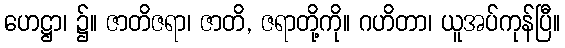
ဟေဋ္ဌာ၊ ၌။ ဇာတိဇရာ၊ ဇာတိ, ဇရာတို့ကို။ ဂဟိတာ၊ ယူအပ်ကုန်ပြီ။